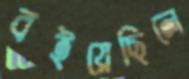
বইয়েছিলে